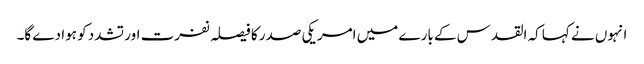
انہوں نے کہا کہ القدس کے بارے میں امریکی صدر کا فیصلہ نفرت اور تشدد کو ہوا دے گا۔